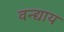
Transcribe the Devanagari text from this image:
वन्द्याय